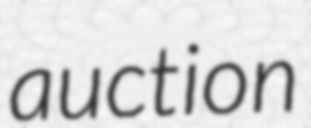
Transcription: auction